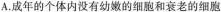
A.成年的个体内没有幼嫩的细胞和衰老的细胞